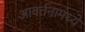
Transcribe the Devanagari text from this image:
आवर्तनामध्ये